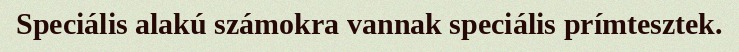
Speciális alakú számokra vannak speciális prímtesztek.